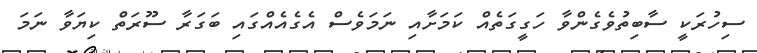
ސިހުރަކީ ސާބިތުވެގެންވާ ހަގީގަތެއް ކަމަށާއި ނަމަވެސް އެގެއެއްގައި ބަގަރާ ސޫރަތް ކިޔަވާ ނަމަ